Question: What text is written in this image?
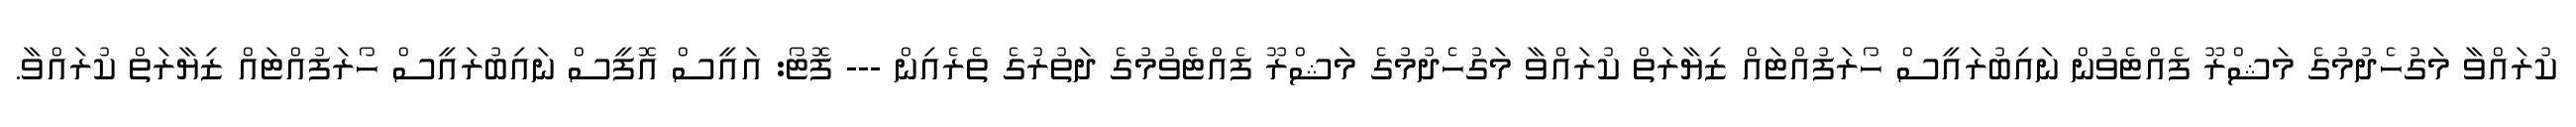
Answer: ކުރައްވާ މަގުހެދުމުގެ މަޝްރޫ ފެއްޓެވުން ނައިބުރައީސް ހޯރަފުއްޓައް ޒިޔާރަތް ކުރައްވާ މަގުހެދުމުގެ މަޝްރޫ ފެއްޓެވުމުގެ ދަތުރުގެ ތެރެއިން --- ފޮޓޯ: އައީސް އޮފީސް ނައިބުރައީސް ހޯރަފުއްޓައް ޒިޔާރަތް ކުރައްވާ.